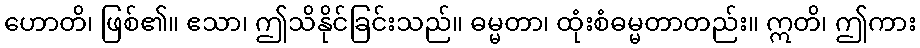
ဟောတိ၊ ဖြစ်၏။ ဧသာ၊ ဤသိနိုင်ခြင်းသည်။ ဓမ္မတာ၊ ထုံးစံဓမ္မတာတည်း။ ဣတိ၊ ဤကား